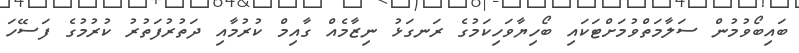
ބައިބޯވުމުން ސަލާމަތްވުމަށްޓަކައި ބޯހިޔާވަހިކަމުގެ ރަނގަޅު ނިޒާމެއް ގާއިމް ކުރުމާއި ދަތުރުފަތުރު ކުރުމުގެ ފަސޭހަ